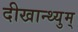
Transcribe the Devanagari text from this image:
दीखान्थ्युम्